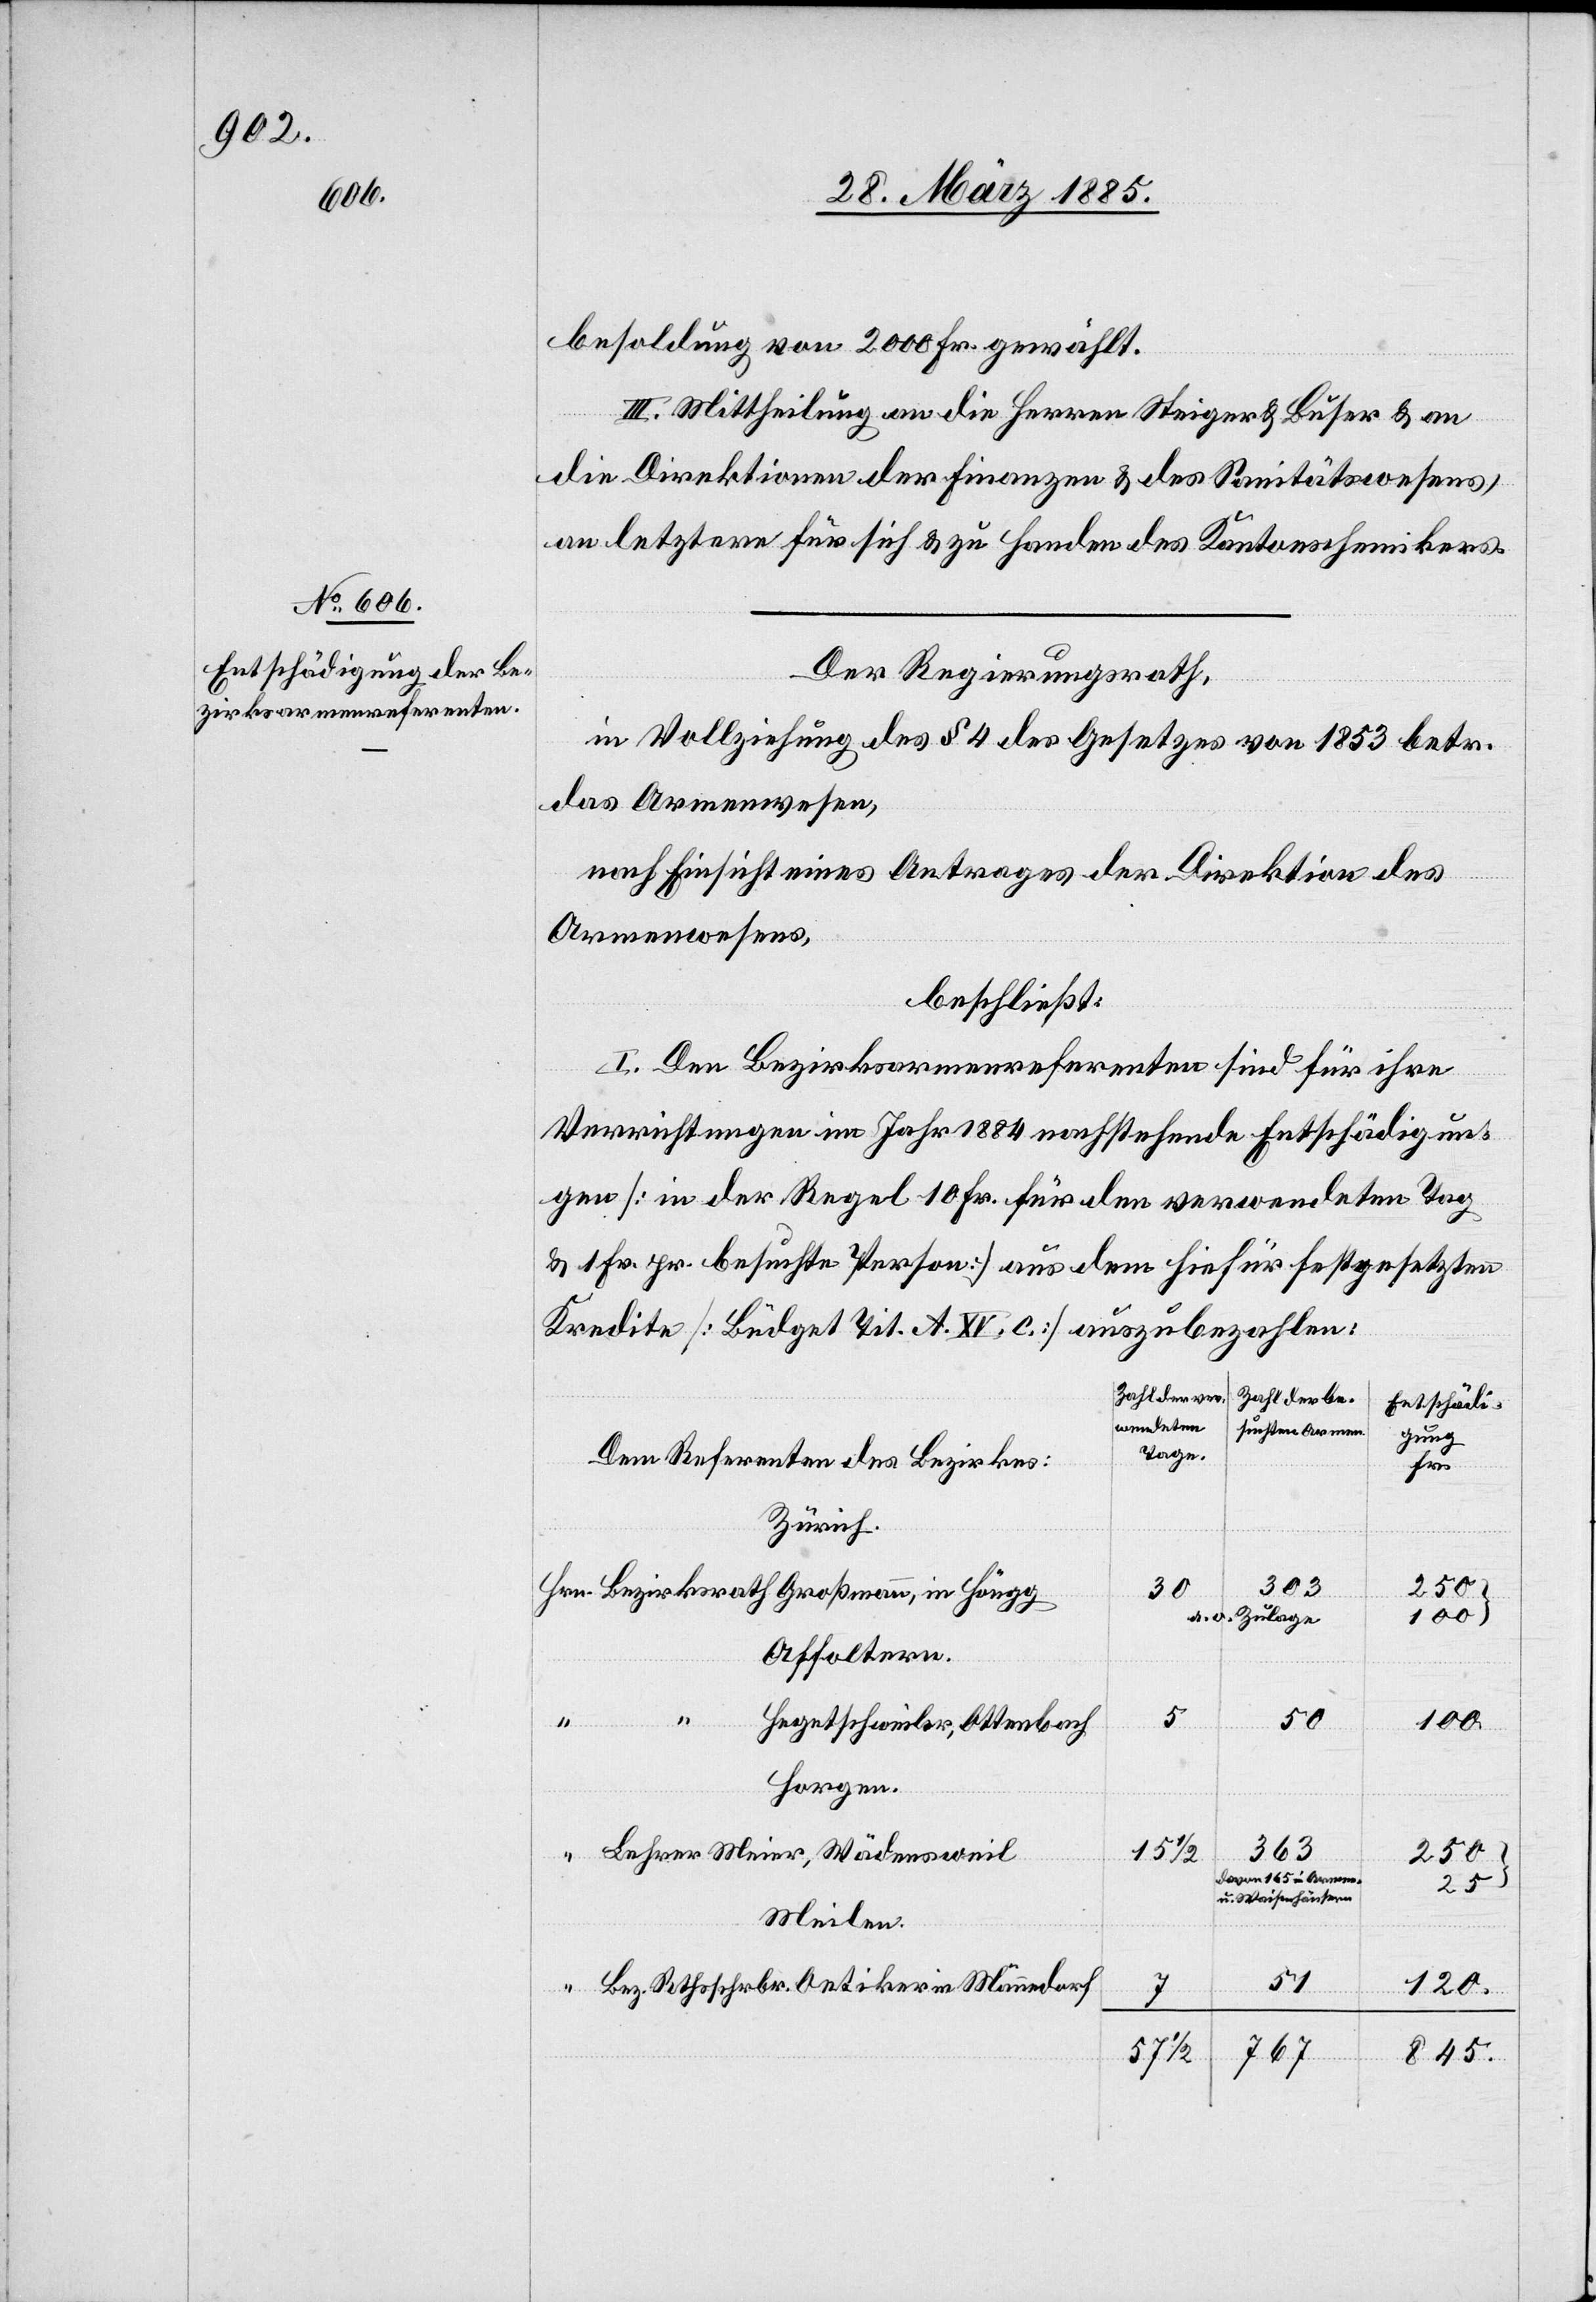
besoldung von 2000 Fr. gewählt.
III. Mittheilung an die Herren Steiger & Buser & an
die Direktionen der Finanzen & des Sanitätswesens,
an letztere für sich & zu Handen des Kantonschemikers.
Der Regierungsrath
in Vollziehung des § 4 des Gesetzes von 1853 betr.
das Armenwesen,
nach Einsicht eines Antrages der Direktion des
Armenwesens,
beschließt:
I. Den Bezirksarmenreferenten sind für ihre
Verrichtungen im Jahr 1884 nachstehende Entschädigun¬
gen [in der Regel 10 Fr. für den verwendeten Tag
& 1 Fr. pr. besuchte Person] aus dem hiefür festgesetzten
Kredite [Büdget Tit. A. XV. C.] auszubezahlen:
Entschädi¬
wendeten
suchten Armen.
gung
Tage.
Den Referenten des Bezirks:
Hrn.
Zürich.
303
50
a. o. Zulage
100
Affoltern.
Hegetschweiler, Ottenbach
in
Horgen.
15 1/2
363
250
davon 165 in Armen-
u. Waisen-häusern
Meilen.
51
120.
57 1/2
845.
767